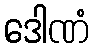
ဒေါဏံ